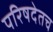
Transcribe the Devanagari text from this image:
परिषदेतच